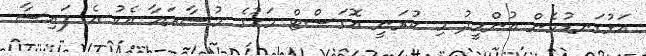
އަޅުގަނޑުމެން އުންމީދު މި ކުރަނީ އޮގަސްޓް މަހުގެ މުސާރައާ އެކު އެ ފައިސާ